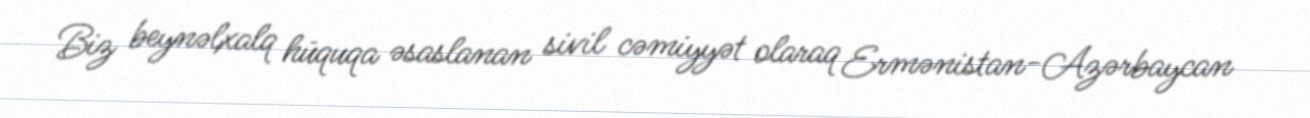
Biz beynəlxalq hüquqa əsaslanan sivil cəmiyyət olaraq Ermənistan-Azərbaycan